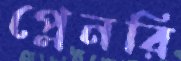
প্লেনরি